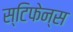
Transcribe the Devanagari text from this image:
स्टिफेन्स